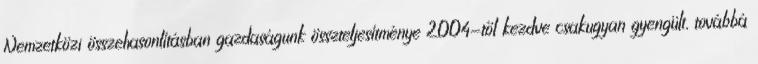
Nemzetközi összehasonlításban gazdaságunk összteljesítménye 2004-től kezdve csakugyan gyengült, továbbá